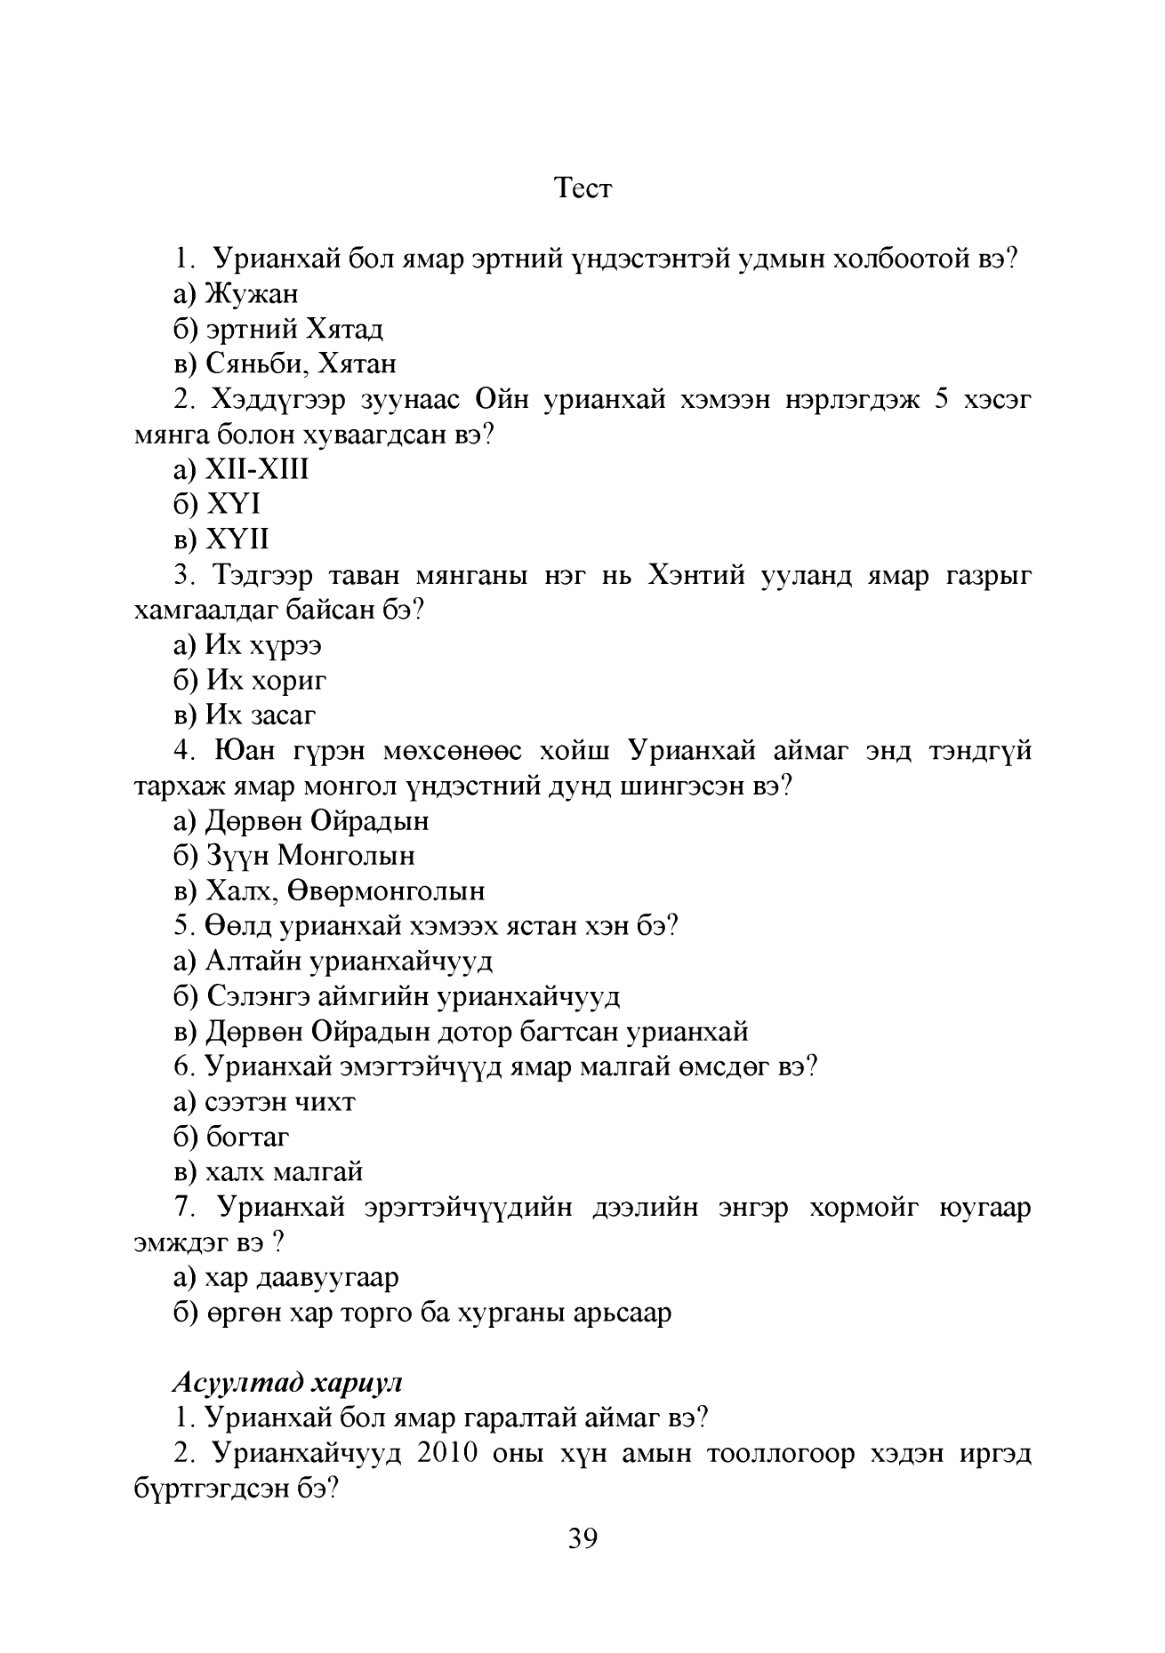
Language: mn